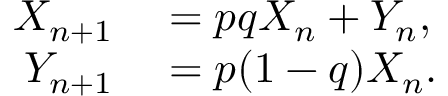
\begin{array} { r l } { X _ { n + 1 } } & { { } = p q X _ { n } + Y _ { n } , } \\ { Y _ { n + 1 } } & { { } = p ( 1 - q ) X _ { n } . } \end{array}